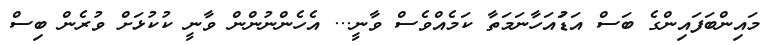
މައިންބަފައިންގެ ބަސް އަޑުައަހާނަމަތާ ކަމެއްވެސް ވާނީ... އެހެންނުންން ވާނީ ކުކުޅަށް ވުރެން ބިސް